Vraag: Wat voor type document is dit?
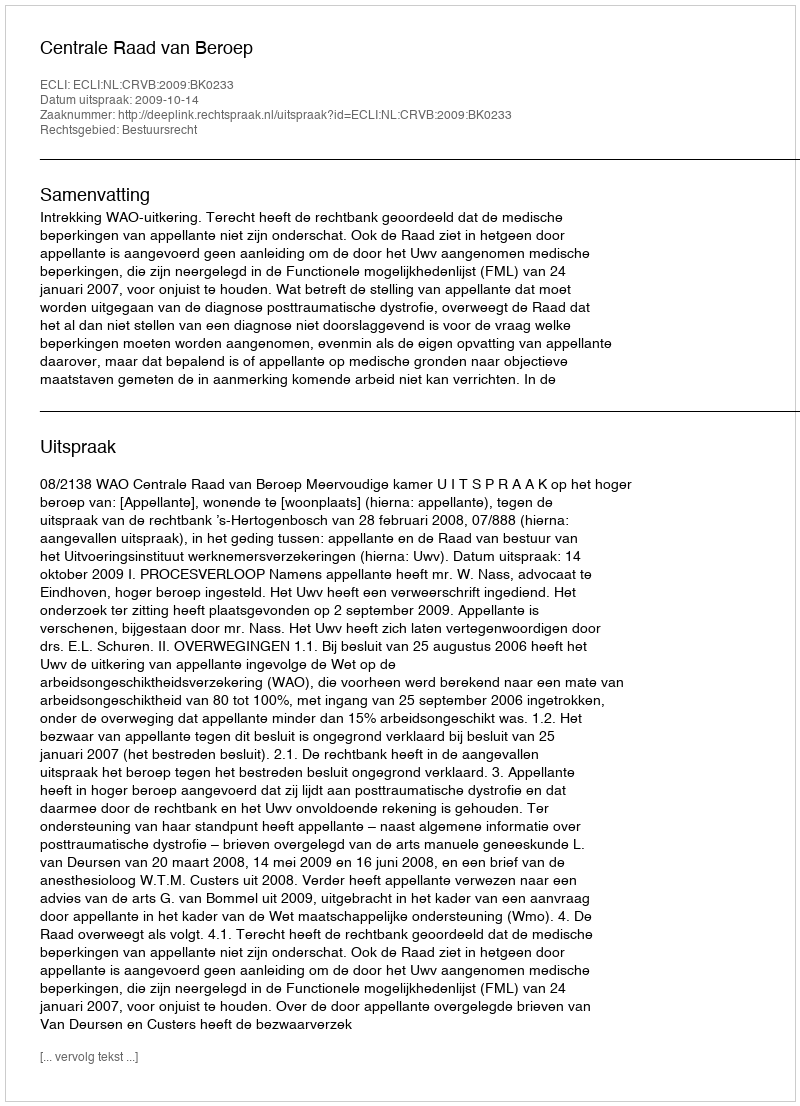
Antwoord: Uitspraak